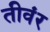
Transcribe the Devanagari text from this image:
तीवंर